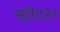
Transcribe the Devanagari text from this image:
स्ट्रीट११